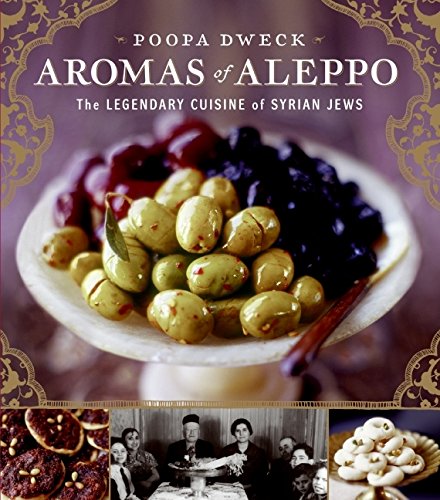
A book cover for Aromas of Aleppo: The Legendary Cuisine of Syrian Jews; Poopa Dweck; Cookbooks, Food & Wine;